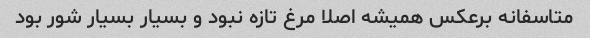
متاسفانه برعکس همیشه اصلا مرغ تازه نبود و بسیار بسیار شور بود